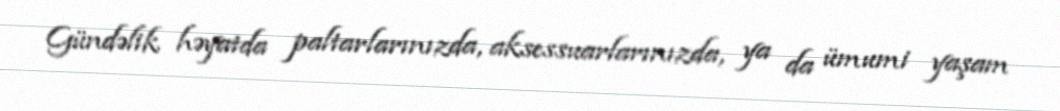
Gündəlik həyatda paltarlarınızda, aksessuarlarınızda, ya da ümumi yaşam